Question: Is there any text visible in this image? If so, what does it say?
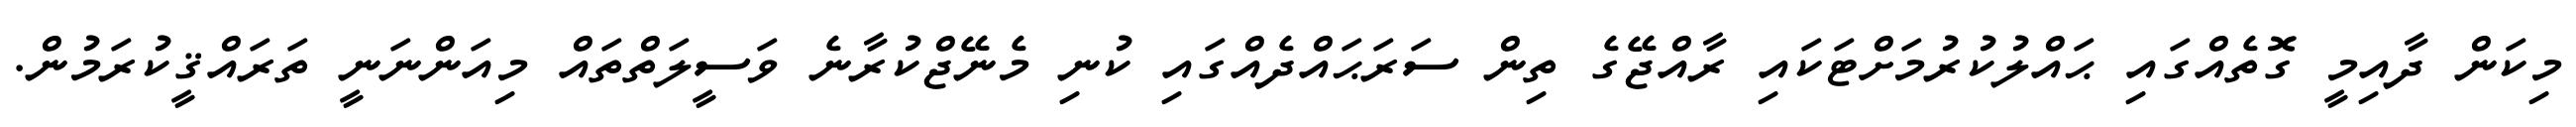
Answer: މިކަން ދާއިމީ ގޮތެއްގައި ޙައްލުކުރުމަށްޓަކައި ރާއްޖޭގެ ތިން ސަރަޙައްދެއްގައި ކުނި މެނޭޖްކުރާނެ ވަސީލަތްތައް މިއަންނަނީ ތަރައްޤީކުރަމުން.